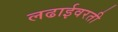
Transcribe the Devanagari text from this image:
लढाईवरती